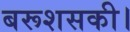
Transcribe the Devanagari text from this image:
बरूशसकी।